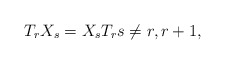
\begin{align*}T_rX_s=X_sT_r s\neq r,r+1,\end{align*}